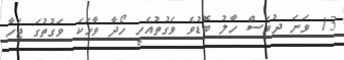
13 ވަނަ ދުވަސް ހާލު ބޮޑުވެ ވަގުތުއެހީ ހޯދާ ވާހަކަ ވަގުތުގަ ޖަހާ